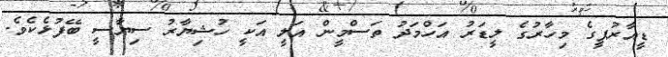
ޑީއާރުޕީގެ މިހާރުގެ ލީޑަރު އަހްމަދު ތަސްމީން އަލީ އަކީ ހުޝިޔާރު ސިޔާސީ ބޭފުޅެކެވެ.